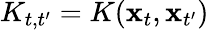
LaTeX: K_{t,t^{\prime}}=K(\mathbf x_{t},\mathbf x_{t^{\prime}})